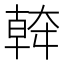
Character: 𱘹